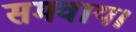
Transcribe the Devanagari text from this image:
समवाय।